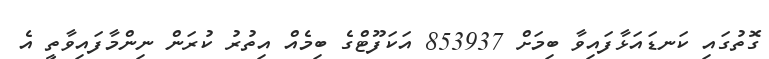
ގޮތުގައި ކަނޑައަޅާފައިވާ ބިމަށް 853937 އަކަފޫޓްގެ ބިމެއް އިތުރު ކުރަން ނިންމާފައިވާތީ އެ